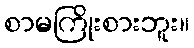
စာမကြိုးစားဘူး။